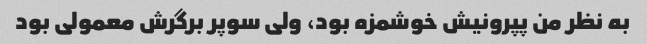
به نظر من پپرونیش خوشمزه بود، ولی سوپر برگرش معمولی بود